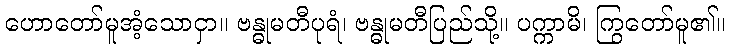
ဟောတော်မူအံ့သောငှာ။ ဗန္ဓုမတီပုရံ၊ ဗန္ဓုမတီပြည်သို့။ ပက္ကာမိ၊ ကြွတော်မူ၏။